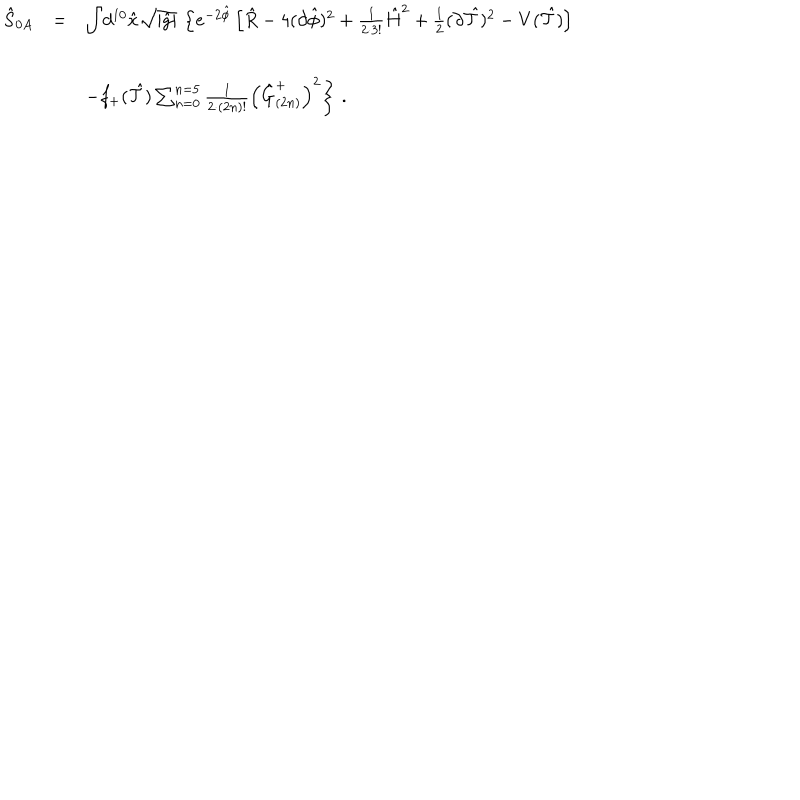
\begin{array} { r c l } { { \hat { S } _ { 0 A } } } & { { = } } & { { { \displaystyle \int } d ^ { 1 0 } \hat { x } \sqrt { | \hat { g } | } \, \left\{ e ^ { - 2 \hat { \phi } } \left[ \hat { R } - 4 ( \partial \hat { \phi } ) ^ { 2 } + \frac { 1 } { 2 \cdot 3 ! } \hat { H } ^ { 2 } + \frac { 1 } { 2 } ( \partial \hat { \cal T } ) ^ { 2 } - V ( \hat { \cal T } ) \right] \right. } } \\ { { } } & { { } } & { { } } \\ { { } } & { { } } & { { \hspace { 1 c m } \left. - f _ { + } ( \hat { \cal T } ) \sum _ { n = 0 } ^ { n = 5 } \frac { 1 } { 2 \cdot ( 2 n ) ! } \left( \hat { G } _ { ( 2 n ) } ^ { + } \right) ^ { 2 } \right\} \, . } } \\ \end{array}